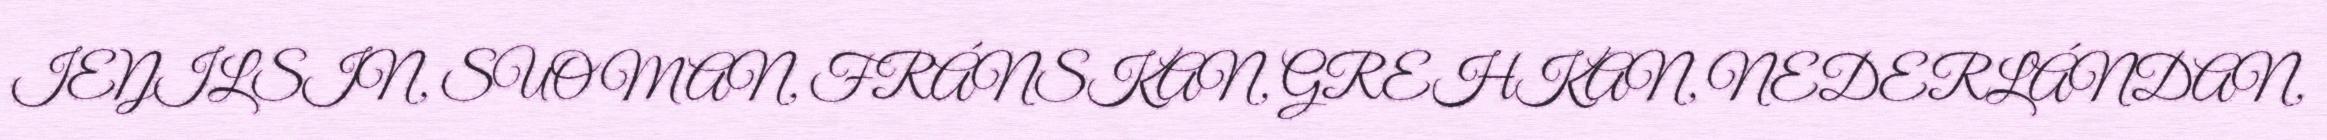
IEŊILSIN, SUOMAN, FRÁNSKAN, GREHKAN, NEDERLÁNDAN,